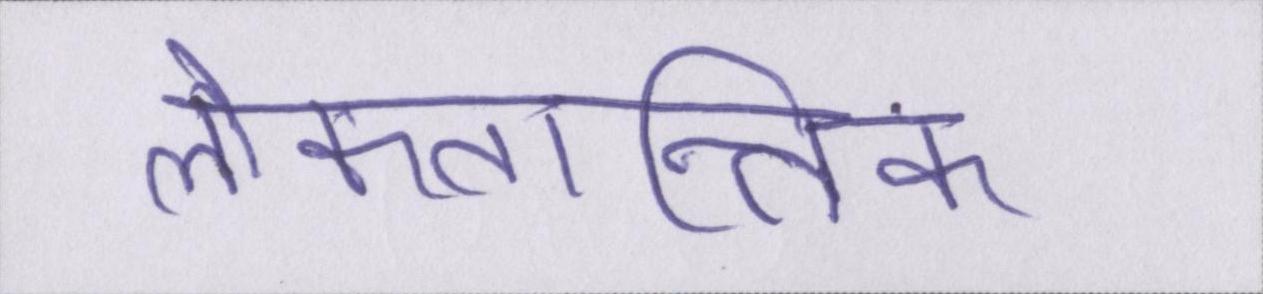
लोकतान्त्रिक